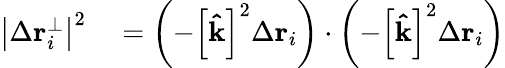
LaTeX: \begin{array}{rl}{\left|\Delta\mathbf{r}_{i}^{\perp}\right|^{2}}&{{}=\left(-\left[\mathbf{\hat{k}}\right]^{2}\Delta\mathbf{r}_{i}\right)\cdot\left(-\left[\mathbf{\hat{k}}\right]^{2}\Delta\mathbf{r}_{i}\right)}\end{array}